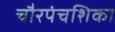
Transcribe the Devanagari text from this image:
चौरपंचशिका